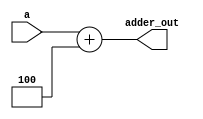
module adder (a,adder_out);

    input wire [31:0] a;
    output reg [31:0] adder_out;

    always @ (*) begin
        adder_out = a + 32'd4;
    end
endmodule